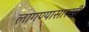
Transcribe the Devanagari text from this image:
लागण्यासारखी